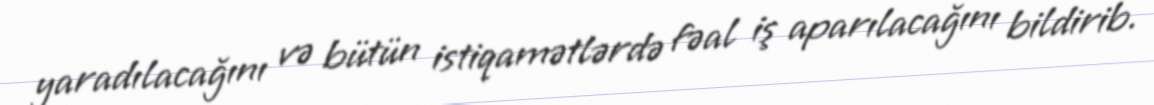
yaradılacağını və bütün istiqamətlərdə fəal iş aparılacağını bildirib.